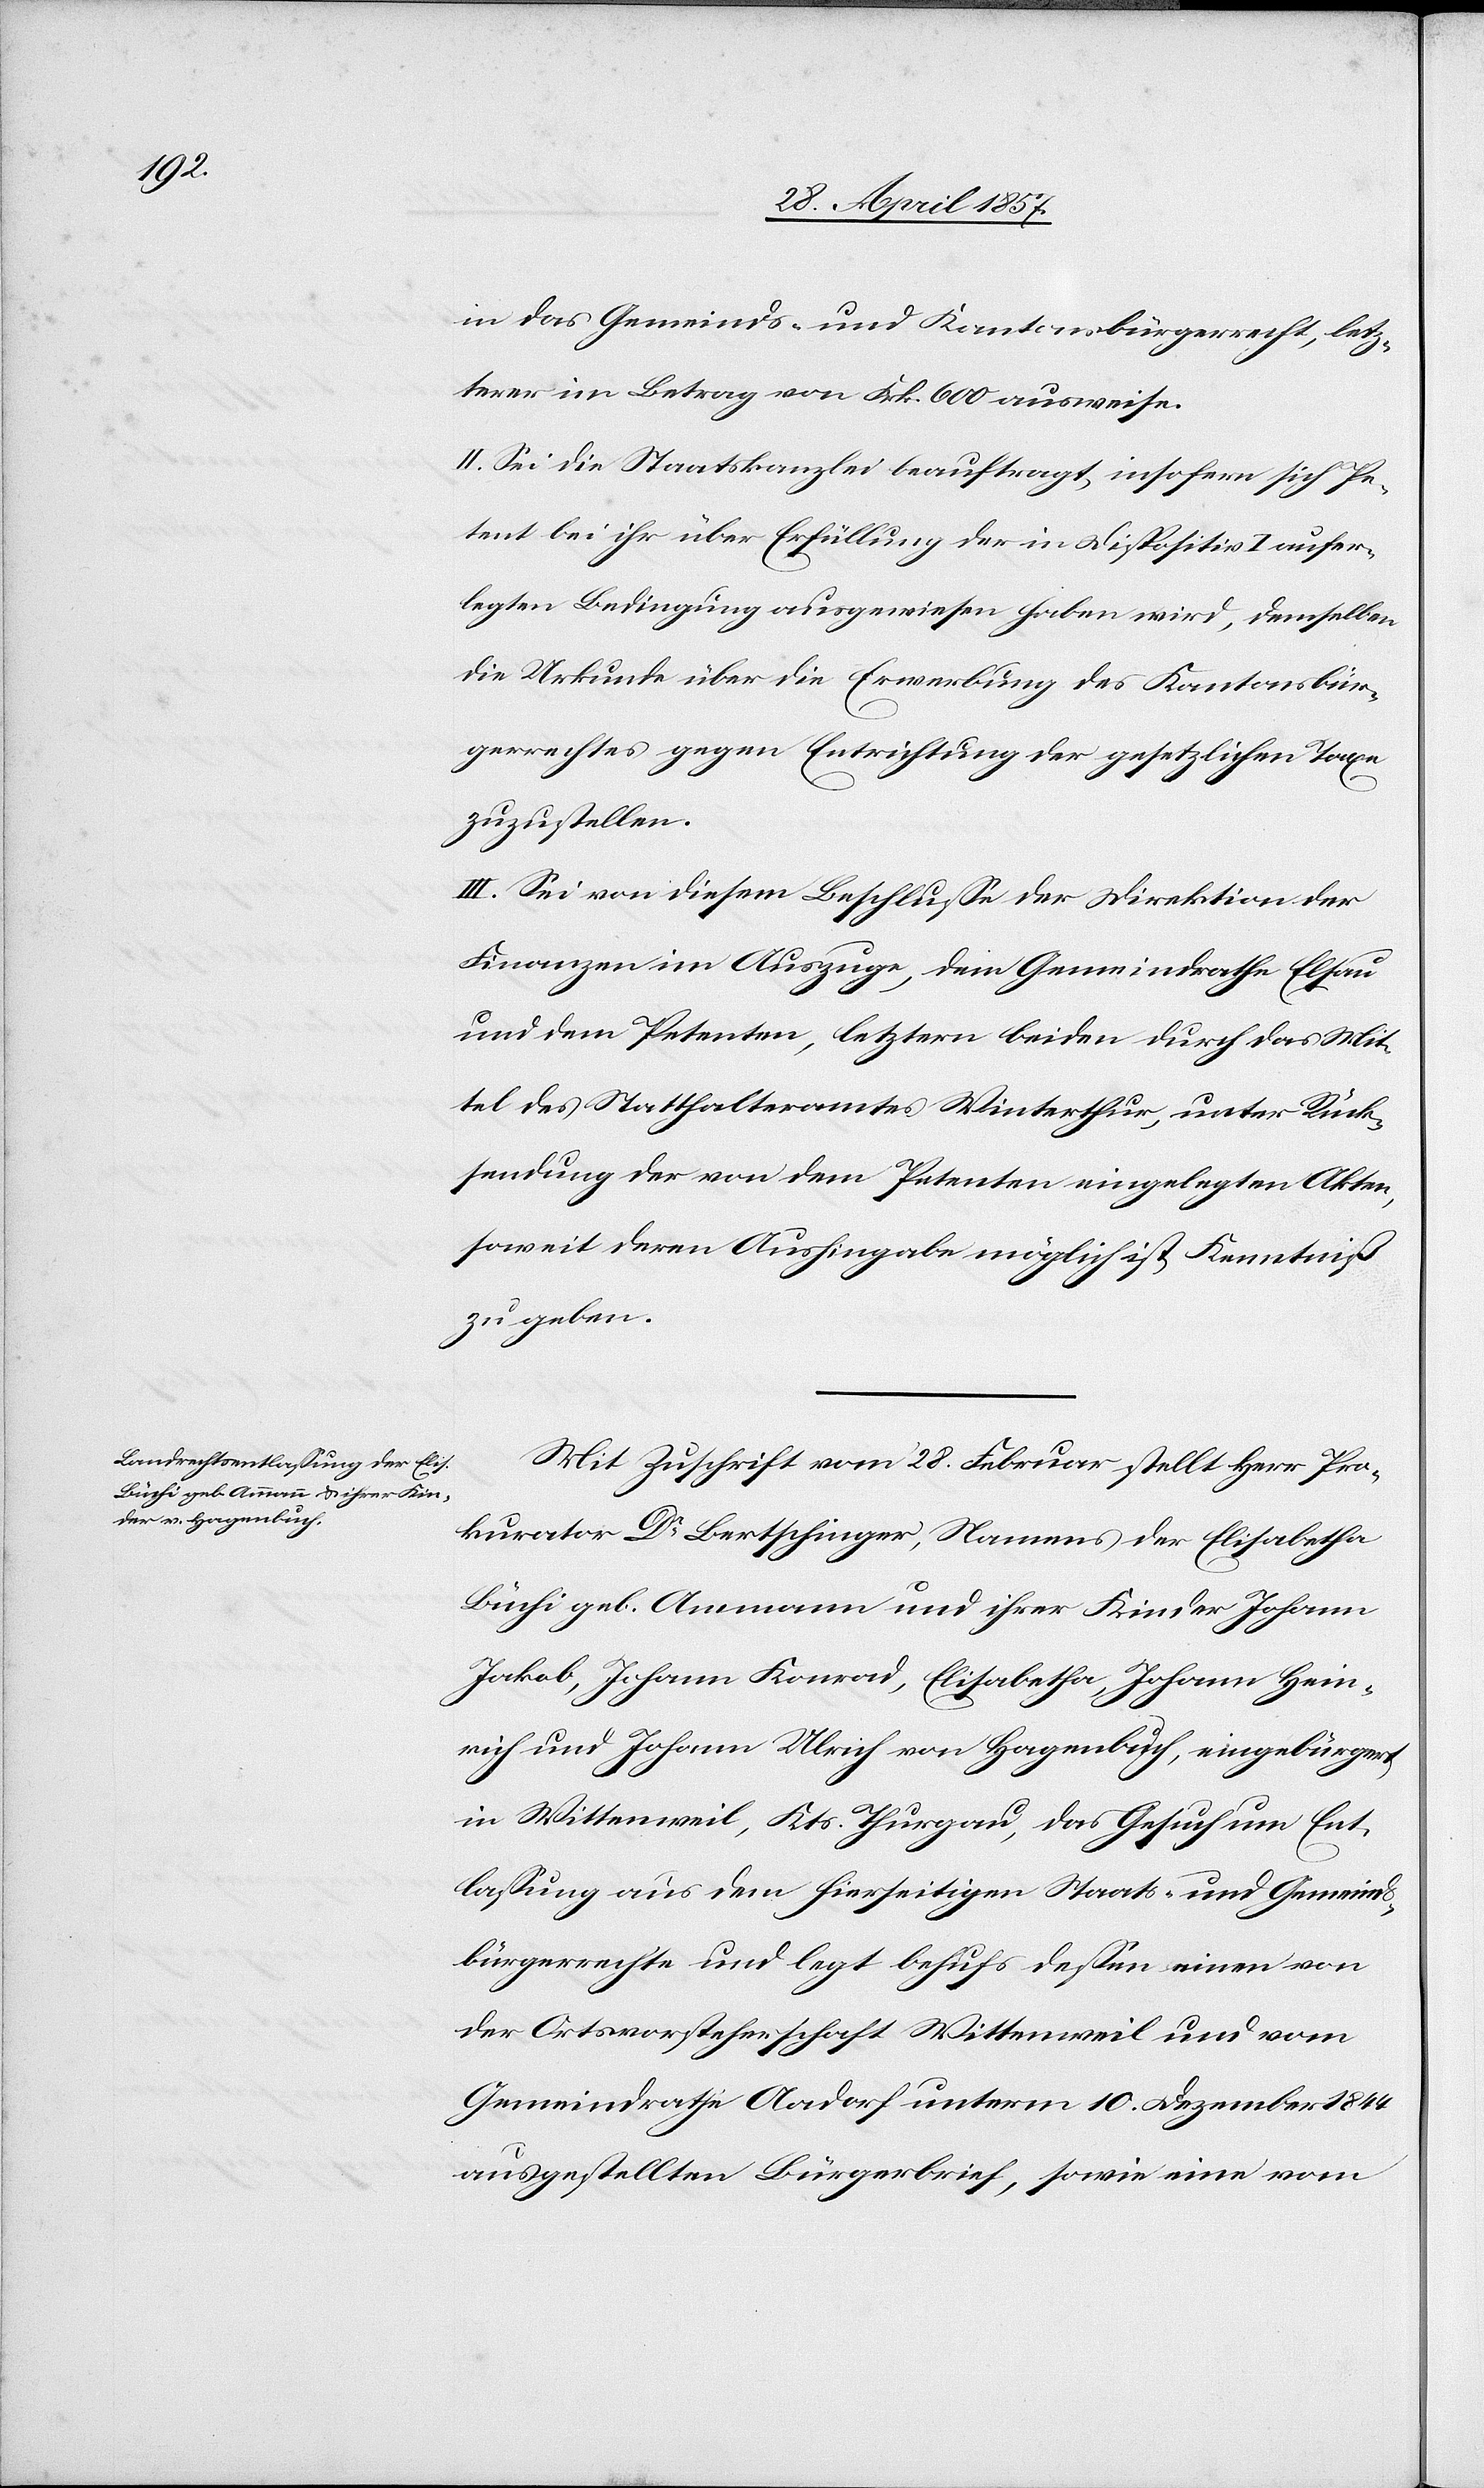
in das Gemeinds- und Kantonsbürgerrecht, letz¬
terer im Betrage von Frk. 600 ausweise.
II. Sei die Staatskanzlei beauftragt, insofern sich Pe¬
tent bei ihr über Erfüllung der in Dispositiv I aufer¬
legten Bedingung ausgewiesen haben wird, demselben
die Urkunde über die Erwerbung des Kantonsbür¬
gerrechtes gegen Entrichtung der gesetzlichen Taxe
zuzustellen.
III. Sei von diesem Beschluße der Direktion der
Finanzen im Auszuge, dem Gemeindrathe Elsau
und dem Petenten, letztern beiden durch das Mit¬
tel des Statthalteramtes Winterthur, unter Rück¬
sendung der von dem Petenten eingelegten Akten,
soweit deren Aushingabe möglich ist, Kenntniß
zu geben.
Mit Zuschrift vom 28 Februar stellt Herr Pro¬
kurator Dr Bertschinger, Namens der Elisabetha
Büchi geb. Ammann und ihrer Kinder Johann
Jakob, Johann Konrad, Elisabetha, Johann Hein¬
rich und Johann Ulrich von Hagenbuch, eingebürgert
in Wittenweil, Kts. Thurgau, das Gesuch um Ent¬
laßung aus dem hierseitigen Staats- und Gemeinds¬
bürgerrechte und legt behufs deßen einen von
der Ortsvorsteherschaft Wittenweil und vom
Gemeindrathe Aadorf unterm 10 Dezember 1844
ausgestellten Bürgerbrief, sowie eine vom